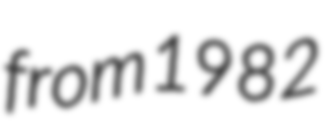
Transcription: from 1982